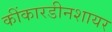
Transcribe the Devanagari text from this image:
कींकारडीनशायर